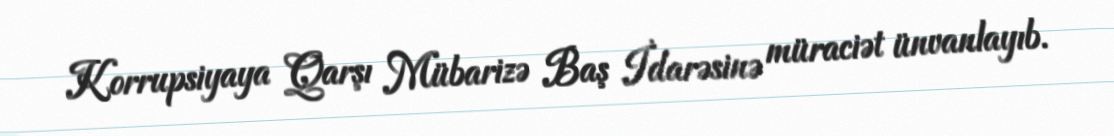
Korrupsiyaya Qarşı Mübarizə Baş İdarəsinə müraciət ünvanlayıb.